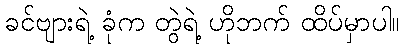
ခင်ဗျားရဲ့ ခုံက တွဲရဲ့ ဟိုဘက် ထိပ်မှာပါ။